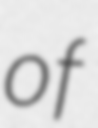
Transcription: of